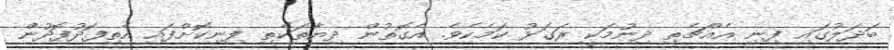
ބަދަލުގައި ފިނި އެއްޗެތި ދިނުމަކީ ރަގަޅު ކަމެކެވެ. އެގޮތުން ދިޔާތަކެތި ފިނިކޮށްފައި އެތިފޮދުފޮދުން